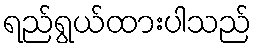
ရည်ရွယ်ထားပါသည်